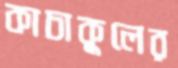
কাচাকুলের